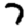
Digit: 7